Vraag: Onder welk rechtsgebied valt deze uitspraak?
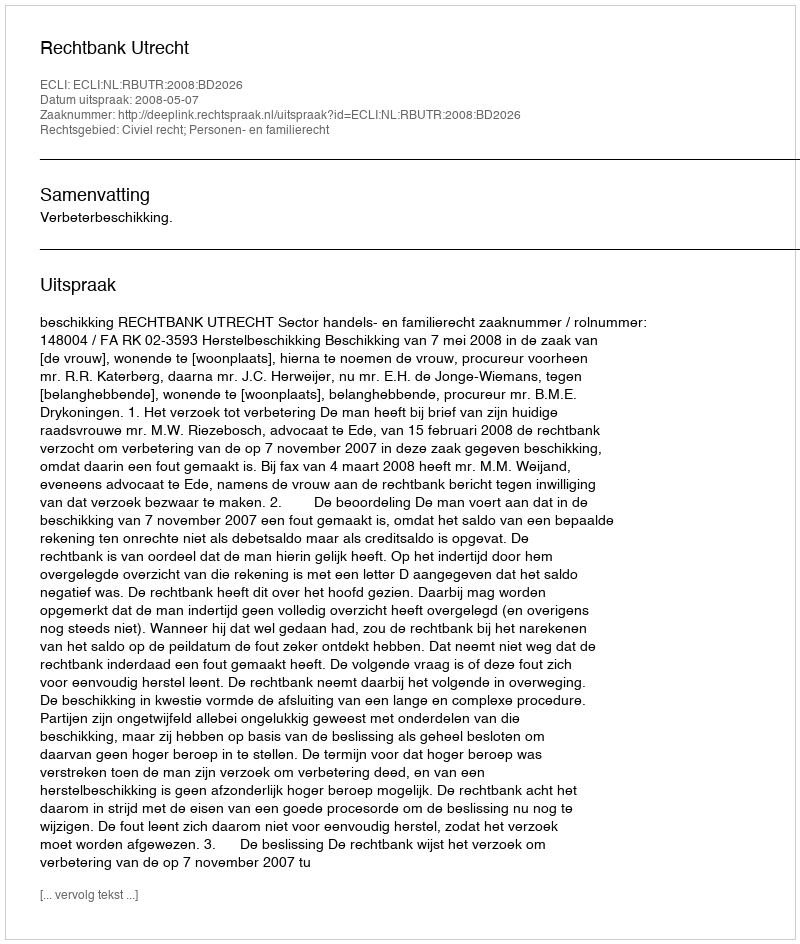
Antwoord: Civiel recht; Personen- en familierecht